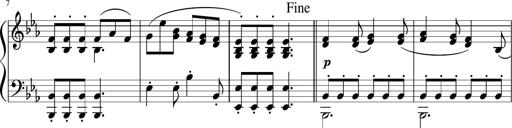
Title: 12 Keyboard Sonatinas
Composer: James Hook